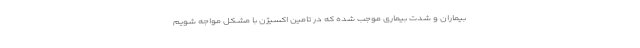
بیماران و شدت بیماری موجب شده که در تامین اکسیژن با مشکل مواجه شویم